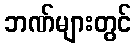
ဘဏ်များတွင်